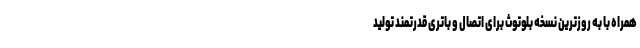
همراه با به روزترین نسخه بلوتوث برای اتصال و باتری قدرتمند تولید